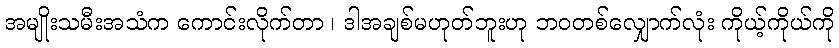
အမျိုးသမီးအသံက ကောင်းလိုက်တာ ၊ ဒါအချစ်မဟုတ်ဘူးဟု ဘဝတစ်လျှောက်လုံး ကိုယ့်ကိုယ်ကို